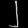
Digit: ၂